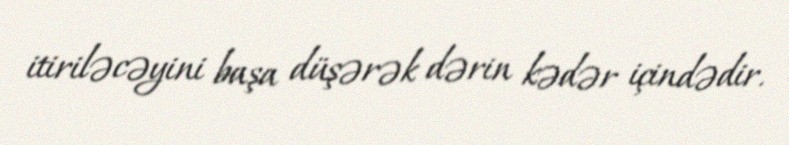
itiriləcəyini başa düşərək dərin kədər içindədir.